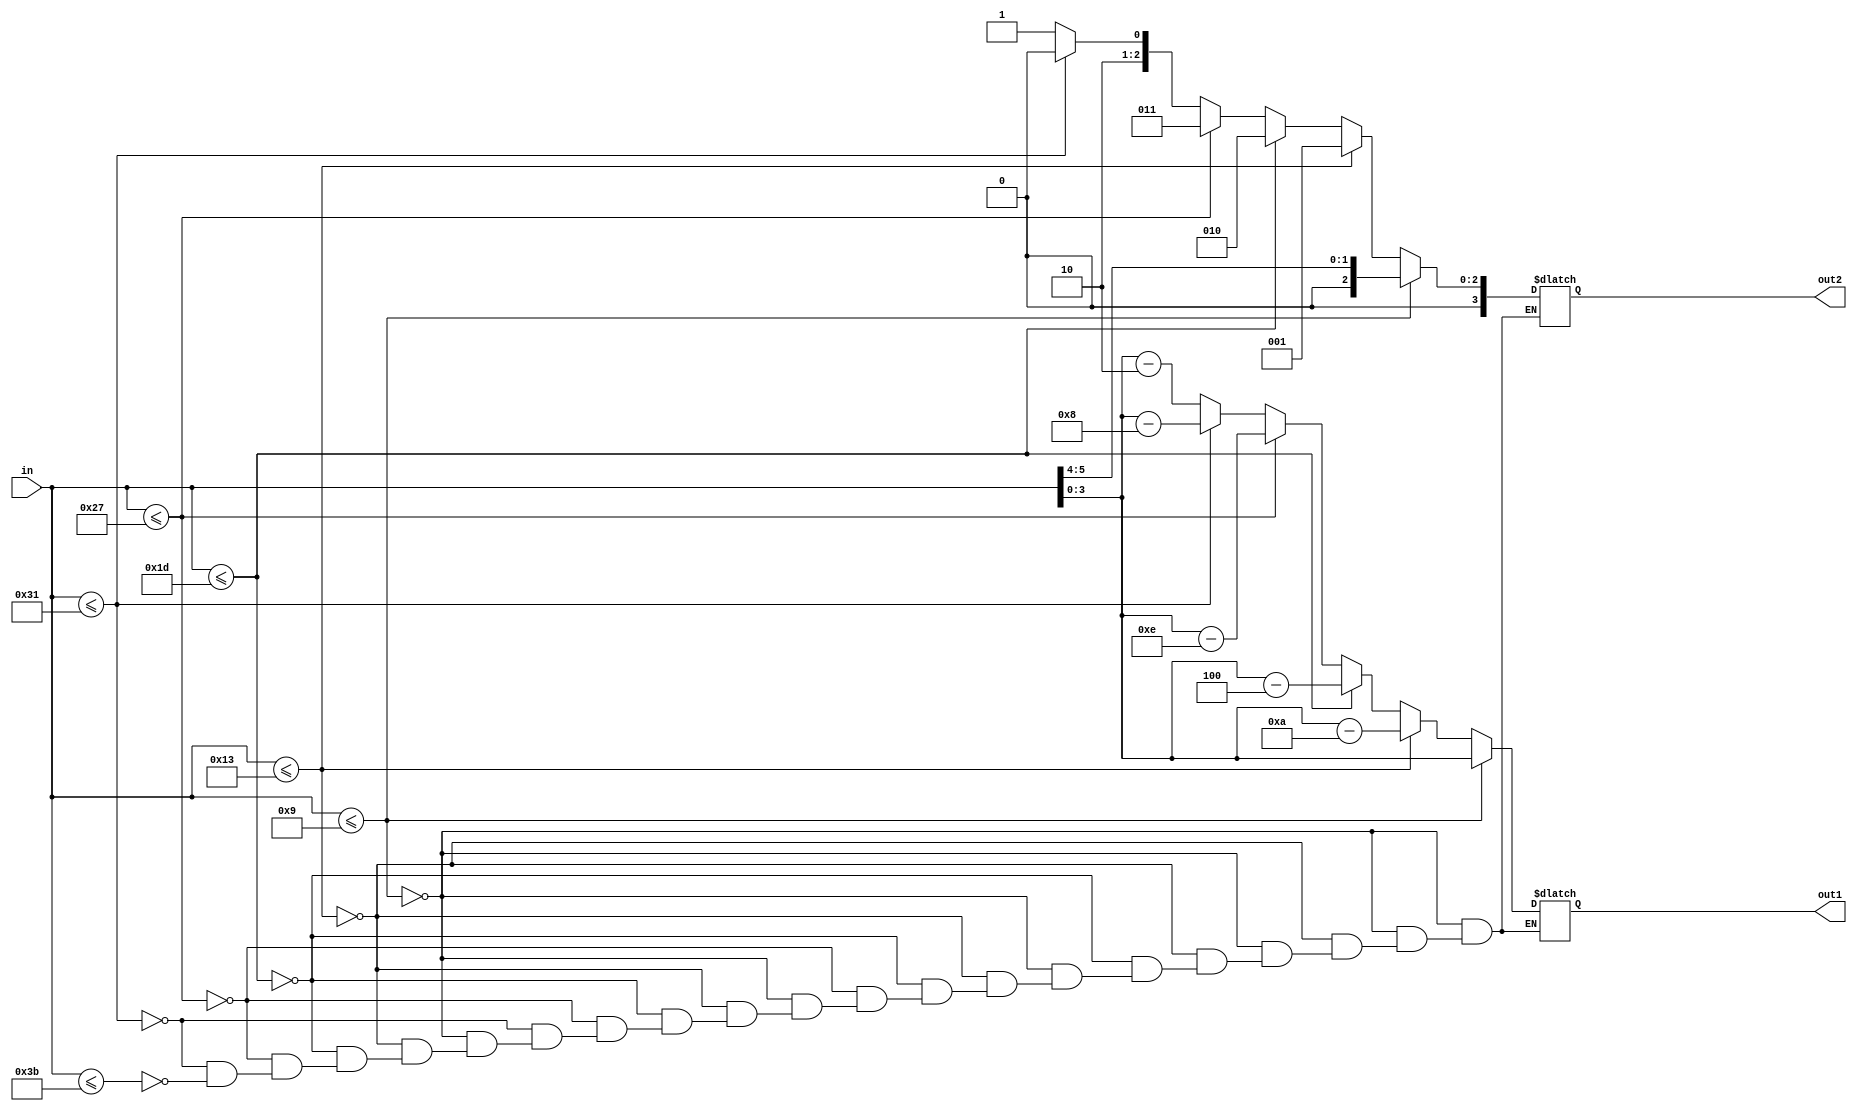
module separate(in,out2,out1);
	input [5:0]in;
	output reg[3:0]out2,out1;
	
	always @ (in)
	begin
		if(in<=9)
			{out2,out1} = in;
		else if(in<=19)
			begin
				out2 = 1;
				out1 = in -10;
			end
		else if(in<=29)
			begin
				out2 = 2;
				out1 = in - 20;
			end
		else if(in<=39)
			begin
				out2 = 3;
				out1 = in-30;
			end
		else if(in<=49)
			begin
				out2 = 4;
				out1 = in-40;
			end
		else if(in<=59)
			begin
				out2 = 5;
				out1 = in-50;
			end	
	end
endmodule